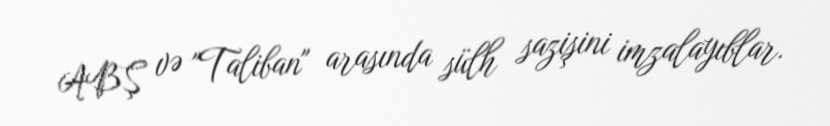
ABŞ və "Taliban" arasında sülh sazişini imzalayıblar.